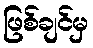
ဖြစ်ချင်မှ